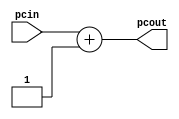
module increment(
    input wire [31:0] pcin,
    output reg [31:0] pcout);

    always @ (pcin) pcout <= pcin + 1;
endmodule